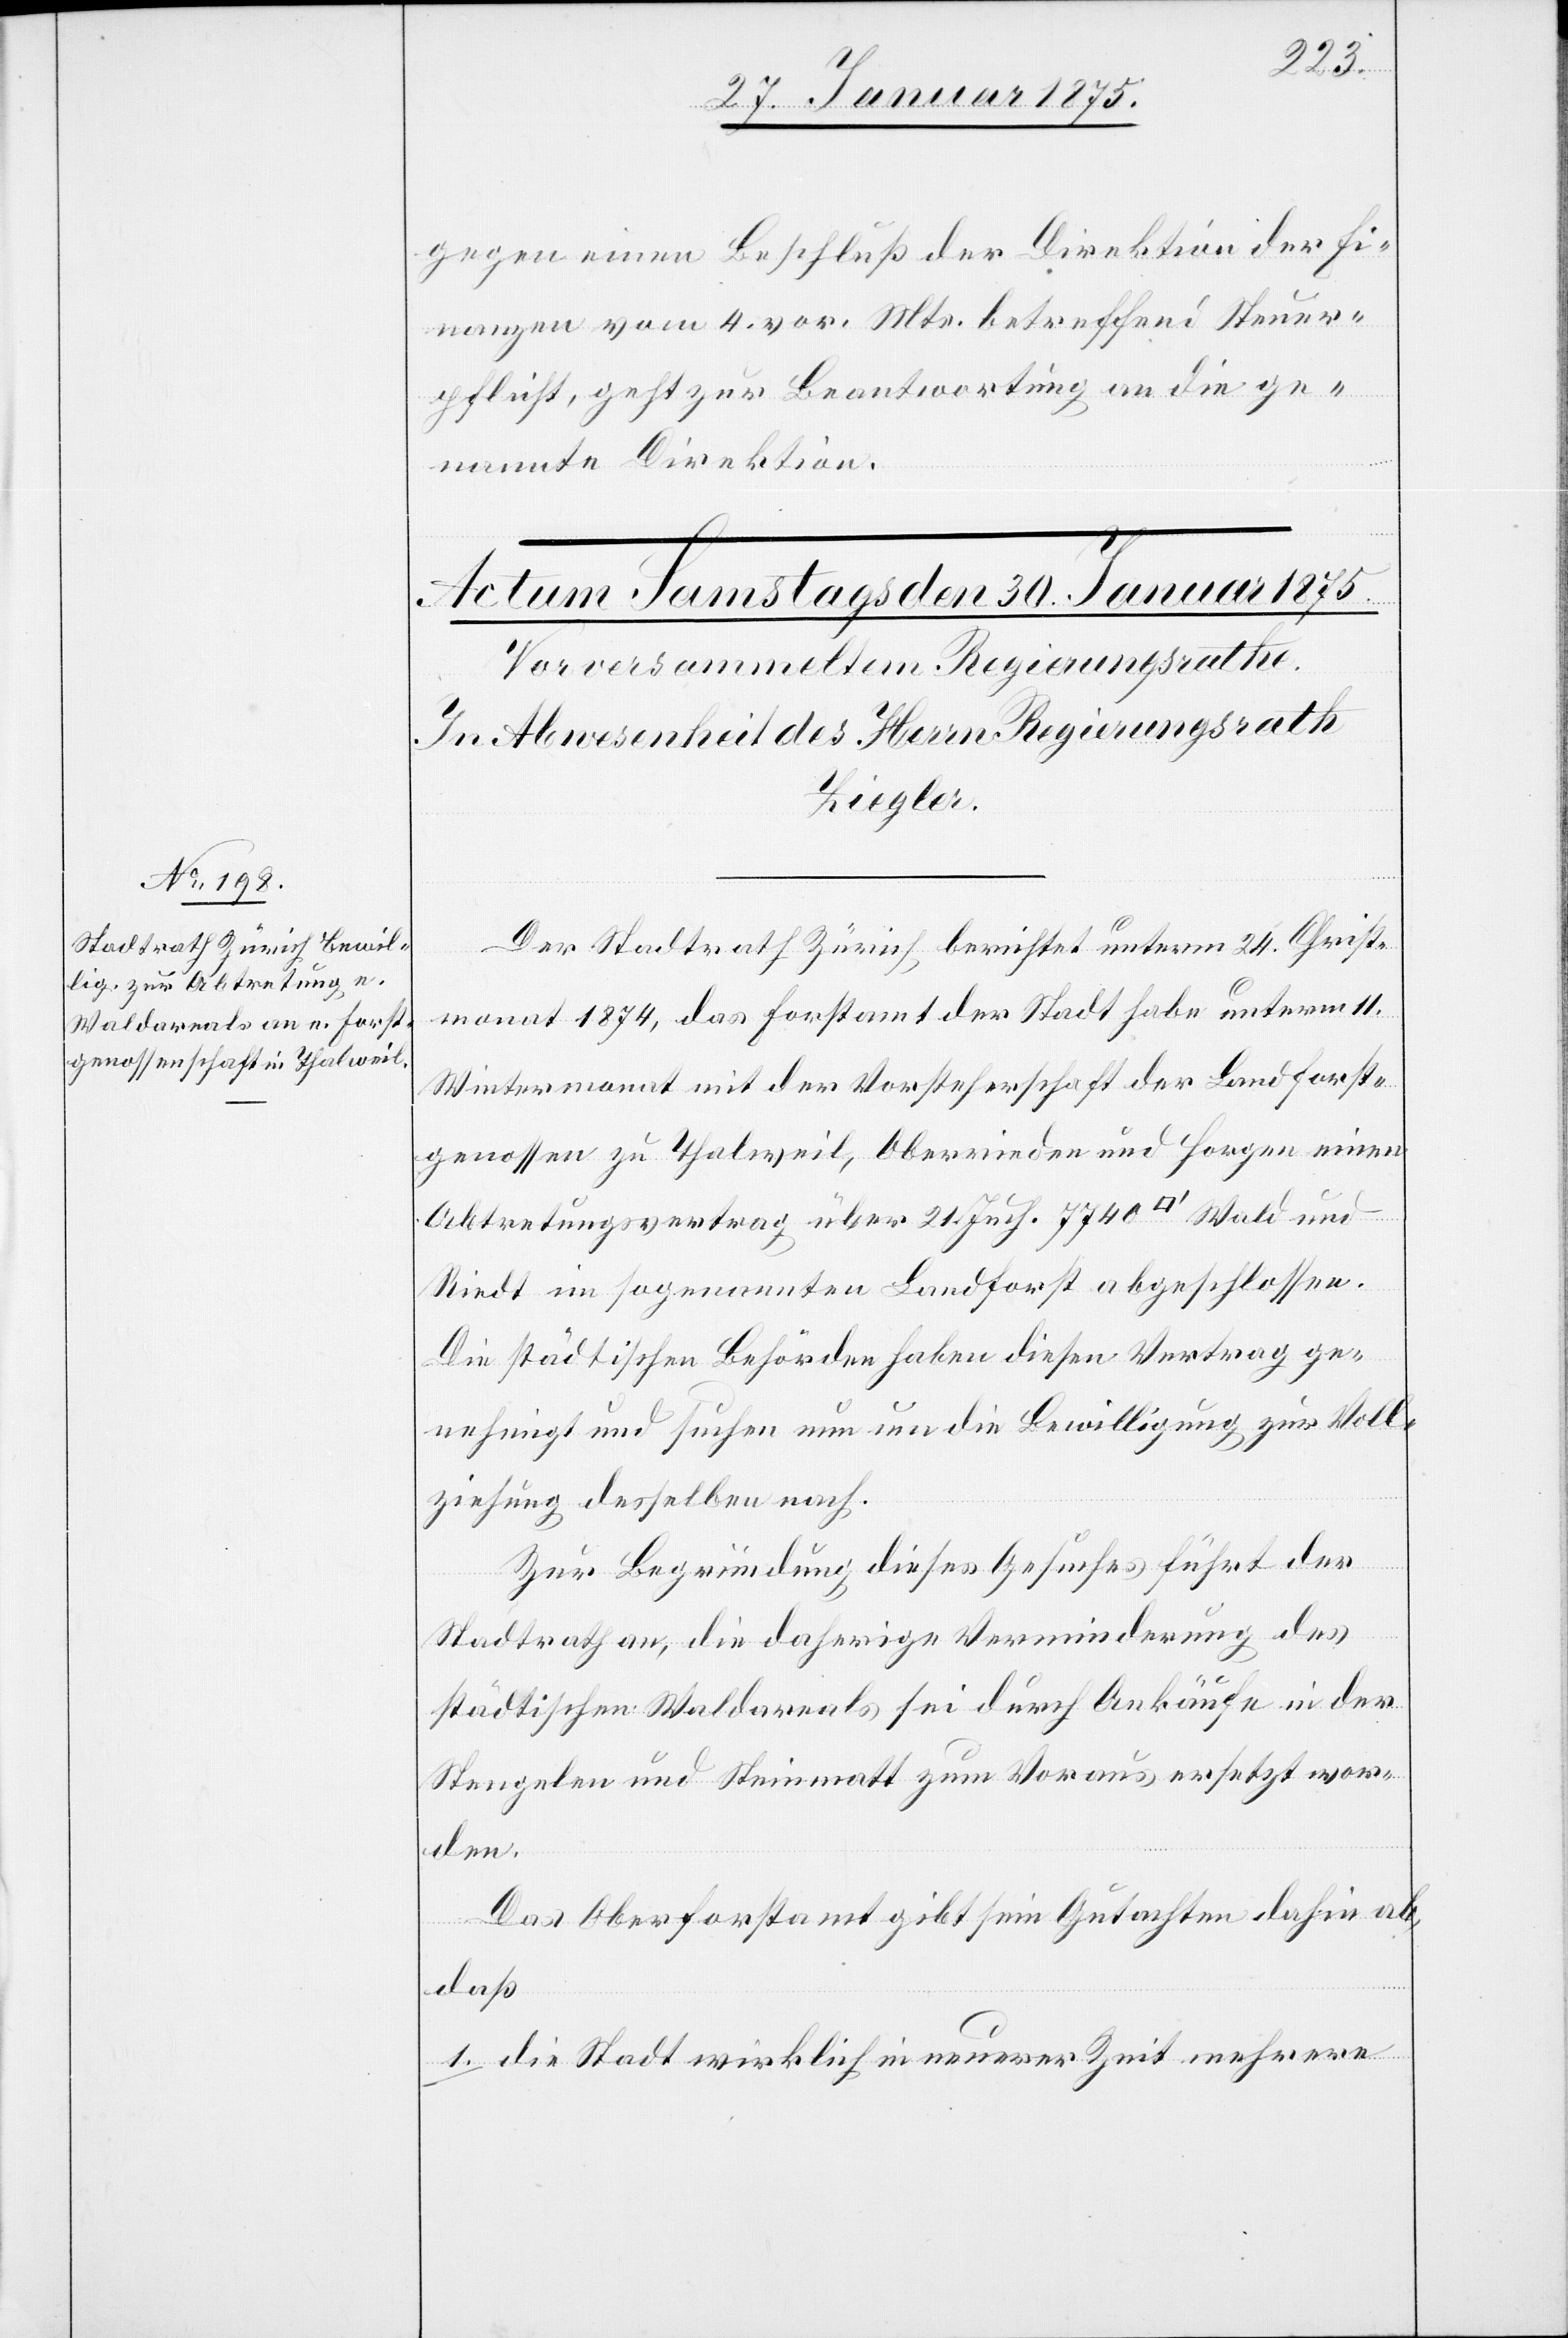
gegen einen Beschluß der Direktion der Fi¬
nanzen vom 4. vor. Mts. betreffend Steuer¬
pflicht, geht zur Beantwortung an die ge¬
nannte Direktion.
Der Stadtrath Zürich berichtet unterm 24. Christ¬
monat 1874, das Forstamt der Stadt habe unterm 11.
Wintermonat mit der Vorsteherschaft der Landforst¬
genossen zu Thalweil, Oberrieden und Horgen einen
Abtretungsvertrag über 21. Juch. 7740 [Quadratfuss] Wald und
Riedt im sogenannten Landforst abgeschlossen.
Die städtischen Behörden haben diesen Vertrag ge¬
nehmigt und suchen nun um die Bewilligung zur Voll¬
ziehung desselben nach.
Zur Begründung dieses Gesuches führt der
Stadtrath an, die daherige Verminderung des
städtischen Waldareals sei durch Ankäufe in der
Stengelen und Steinmatt zum Voraus ersetzt wor¬
den.
Das Oberforstamt gibt sein Gutachten dahin ab,
daß
1. die Stadt wirklich in neuerer Zeit mehrere